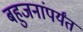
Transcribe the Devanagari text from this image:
बहुजनांपर्यंत